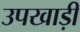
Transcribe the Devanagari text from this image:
उपखाड़ी